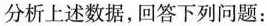
分析上述数据，回答下列问题：